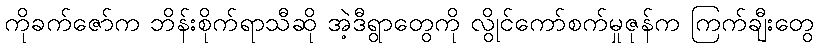
ကိုခက်ဇော်က ဘိန်းစိုက်ရာသီဆို အဲ့ဒီရွာတွေကို လွိုင်ကော်စက်မှုဇုန်က ကြက်ချီးတွေ